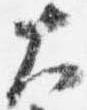
大